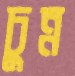
চুন্ন